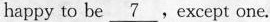
happy to be \underline{7} .except one.